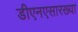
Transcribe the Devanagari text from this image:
डीएनएसारख्या